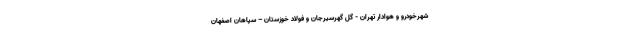
شهرخودرو و هوادار تهران - گل گهرسیرجان و فولاد خوزستان – سپاهان اصفهان